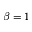
\beta = 1